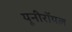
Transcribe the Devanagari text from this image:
यूनीरॉयल